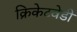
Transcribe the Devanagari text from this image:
क्रिकेटवेडी